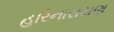
હરિનારાયણ